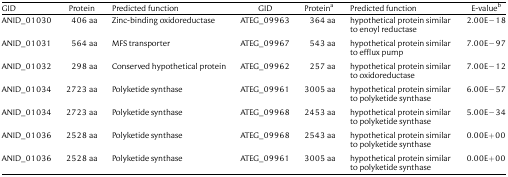
| GID | Protein | Predicted function | GID | Proteina | Predicted function | E-valueb |
 | --- | --- | --- | --- | --- | --- | --- |
 | ANID_01030 | 406 aa | Zinc-binding oxidoreductase | ATEG_09963 | 364 aa | hypothetical protein similar to enoyl reductase | 2.00E−18 |
 | ANID_01031 | 564 aa | MFS transporter | ATEG_09967 | 543 aa | hypothetical protein similar to efflux pump | 7.00E−97 |
 | ANID_01032 | 298 aa | Conserved hypothetical protein | ATEG_09962 | 257 aa | hypothetical protein similar to oxidoreductase | 7.00E−12 |
 | ANID_01034 | 2723 aa | Polyketide synthase | ATEG_09961 | 3005 aa | hypothetical protein similar to polyketide synthase | 6.00E−57 |
 | ANID_01034 | 2723 aa | Polyketide synthase | ATEG_09968 | 2453 aa | hypothetical protein similar to polyketide synthase | 5.00E−34 |
 | ANID_01036 | 2528 aa | Polyketide synthase | ATEG_09968 | 2543 aa | hypothetical protein similar to polyketide synthase | 0.00E+00 |
 | ANID_01036 | 2528 aa | Polyketide synthase | ATEG_09961 | 3005 aa | hypothetical protein similar to polyketide synthase | 0.00E+00 |